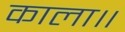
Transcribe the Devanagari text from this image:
काला॥